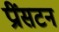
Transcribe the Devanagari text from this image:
प्रींसटन